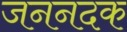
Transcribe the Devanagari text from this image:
जननदक